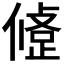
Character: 𢿅